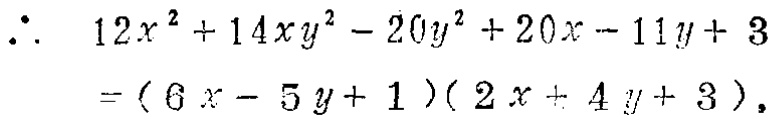
\[\begin{align*}

\therefore\quad 12x^{2}+14xy^{2}-20y^{2}+20x - 11y+3&=(6x - 5y + 1)(2x + 4y+3).

\end{align*}\]